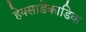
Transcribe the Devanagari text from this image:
हेक्साडेकाडिक